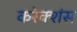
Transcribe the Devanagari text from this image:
करेक्शंस